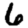
Digit: 6